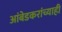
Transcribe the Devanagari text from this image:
आंबेडकरांच्याही